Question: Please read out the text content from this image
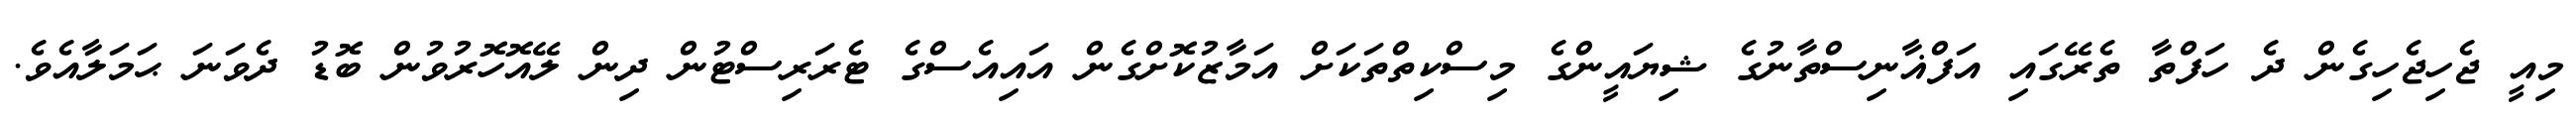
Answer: މިއީ ޖެހިޖެހިގެން ދެ ހަފްތާ ތެރޭގައި އަފްޣާނިސްތާނުގެ ޝިޔައީންގެ މިސްކިތްތަކަށް އަމާޒުކޮށްގެން އައިއެސްގެ ޓެރަރިސްޓުން ދިން ލޭއޮހޮރުވުން ބޮޑު ދެވަނަ ޙަމަލާއެވެ.